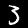
Label: 3